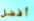
أفضل